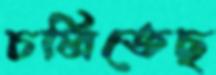
চলিতেছ